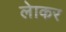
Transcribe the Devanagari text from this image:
लेाकर